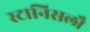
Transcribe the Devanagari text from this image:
स्टानिसलौ